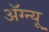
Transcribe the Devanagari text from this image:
अॅग्न्यू